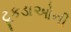
ટૂકડાઓની